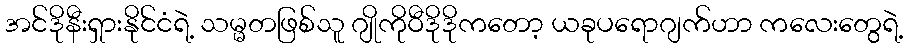
အင်ဒိုနီးရှားနိုင်ငံရဲ့ သမ္မတဖြစ်သူ ဂျိုကိုဝီဒိုဒိုကတော့ ယခုပရောဂျက်ဟာ ကလေးတွေရဲ့